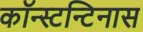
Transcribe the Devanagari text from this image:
कॉन्स्टन्टिनास